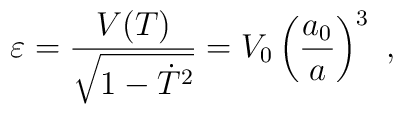
\varepsilon ={V(T) \over \sqrt{1- \dot T ^2 }} = V_0 \left({a_0\over a}\right)^3 \ ,